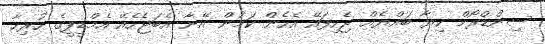
ސިންޑްރޯމް ކިޔާ ބައްޔެއް ޖެހިފައޭ އެހެން ކަމުން އޭނާ އެބަޖެހެއޭ އެމްޑީޕީގެ ހުރިހާ